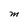
Character: M